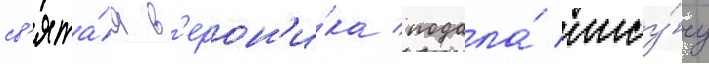
св'ята́я в'ерон'и́ка подала́ иису́су